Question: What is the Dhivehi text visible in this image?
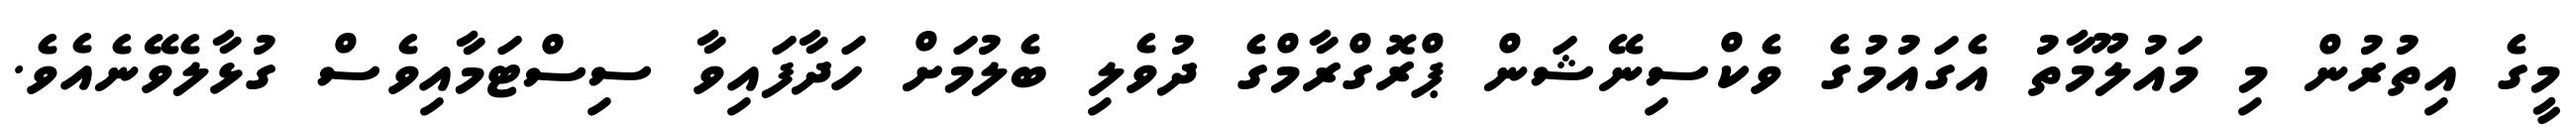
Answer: މީގެ އިތުރުން މި މައުލޫމާތު އެގައުމުގެ ވެކްސިނޭޝަން ޕްރޮގްރާމްގެ ދުވެލި ބެލުމަށް ހަދާފައިވާ ސިސްޓަމާއިވެސް ގުޅާލެވޭނެއެވެ.